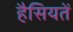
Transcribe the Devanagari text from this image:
हैसियतें